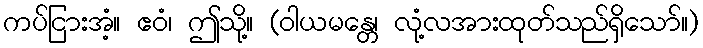
ကပ်ငြားအံ့။ ဧဝံ၊ ဤသို့။ (ဝါယမန္တေ၊ လုံ့လအားထုတ်သည်ရှိသော်။)